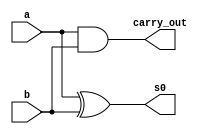
// ------------------------- 
// Exemplo00039 - FULL SUB 
// Nome: Flavio Andrade Amaral Motta 
// ------------------------- 

// ------------------------- 
// half adder 
// ------------------------- 
	
	module halfAdder( s0,carry_out, a, b);
	
	input a, b;
	output s0, carry_out;
	
	xor XOR1(s0, a, b);
	and AND1(carry_out, a, b);

	endmodule 

// ------------------------- 
// half Subtractor
// ------------------------- 
	
	module halfSub( s0,s1, a, b);
	
	input a, b;
	output s0, s1;
	
	xor XOR1(s0, a, b);
	and AND1(s1, ~a, b);

	endmodule 
	
// ------------------------- 
// full Subtractor
// -------------------------	
	
	module fullSub(s0, s1, a, b, c);
	
	input a, b, c;
	output s0, s1;
	wire f0, f1, f2;
	
	halfAdder HA1(f0, f1, a, b);
	halfAdder HA2(s0, f2, c, f0);
	or OR1(s1, f2, f1);
	
	endmodule
	

// ------------------------- 
// full subtractor 4 bits
// -------------------------	
	

	module fullSub4 (output [3:0]s,
	output carryOut, 
	input [3:0]a, 
	input [3:0]b); 
	
	// descrever por portas
	wire carry_in;
	wire carry_in1;
	wire carry_in2;
	
	
	halfSub HS1(s[0], carry_in, a[0], b[0]);
	fullSub FS1(s[1], carry_in1, a[1], b[1], carry_in);
	fullSub FS2(s[2], carry_in2, a[2], b[2], carry_in1);	
	fullSub FS3(s[3], carryOut, a[3], b[3],carry_in2);
	
	

// descrever por portas 
	endmodule // fullSub 
	module test_fullSub4; 

// ------------------------- definir dados 
	reg [3:0] x; 
	reg [3:0] y; 
	reg carry; 
	wire [3:0] sub; 
// ------------------------- parte principal 
	initial begin 
	$display("Exemplo00039 - Flavio Andrade Amaral Motta - 392001"); 
	$display("Test ALU's full subtractor"); 

// projetar testes do sobtrator complete 
	
	#1 x = 1101; y = 0001;
	
	$monitor("x = %3b \t y = %3b\t  saida = %3b\n",x,y,sub);
	#1 x = 0001; y = 0001;
	#1 x = 0011; y = 0001;
	#1 x = 1110; y = 1100;  
	
end 
endmodule // test_fullAdder